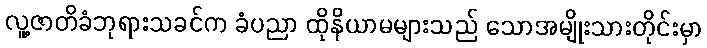
လူ့ဇာတိခံဘုရားသခင်က ခံပညာ ထိုနိယာမများသည် သောအမျိုးသားတိုင်းမှာ